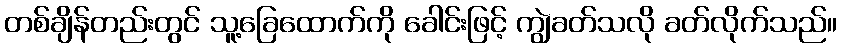
တစ်ချိန်တည်းတွင် သူ့ခြေထောက်ကို ခေါင်းဖြင့် ကျွဲခတ်သလို ခတ်လိုက်သည်။